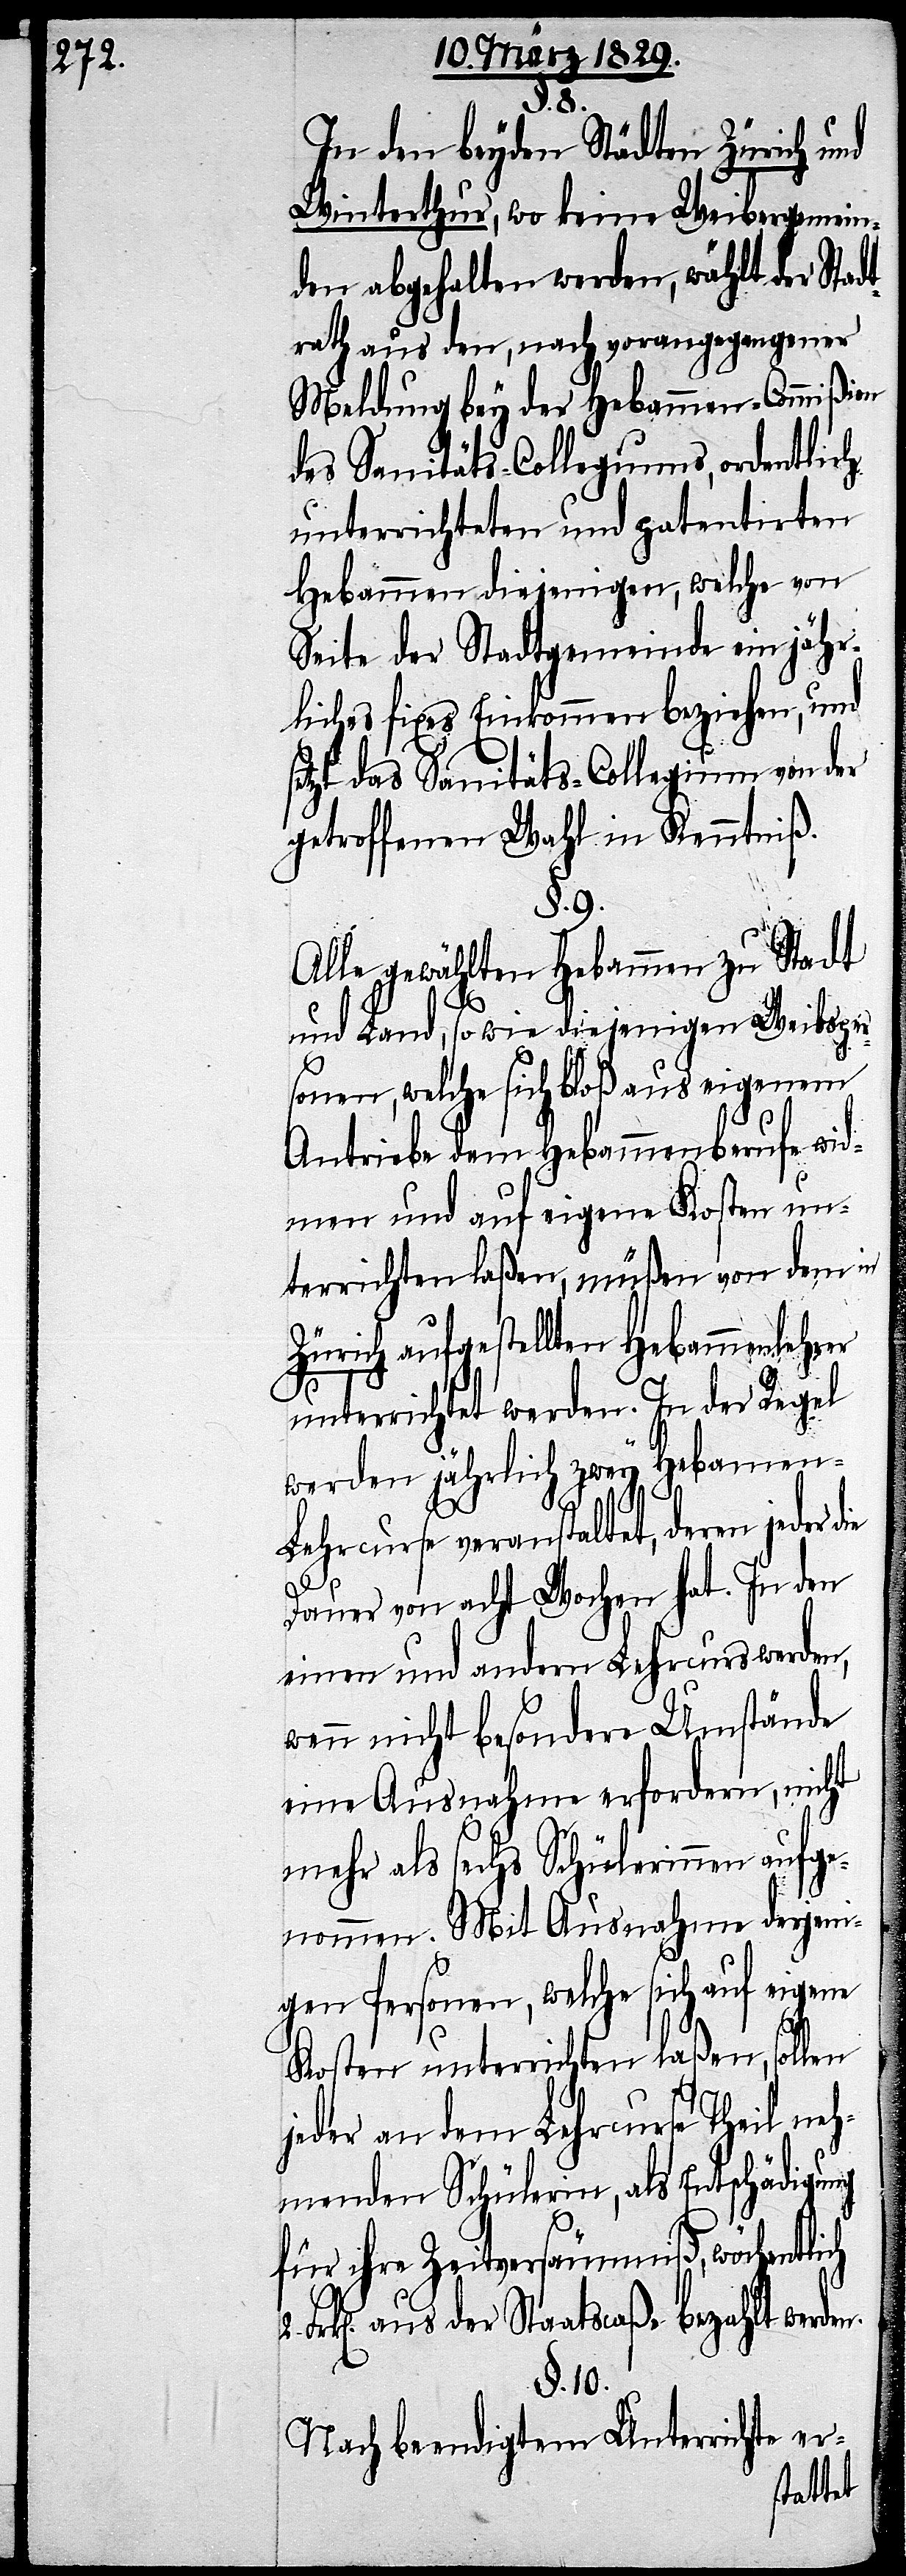
In den beyden Städten Zürich und
Winterthur, wo keine Weibergemein¬
den abgehalten werden, wählt der Stad¬
trath aus den, nach vorangegangener
Meldung bey der Hebammen-Commißion
des Sanitäts-Collegiums, ordentlich
unterrichteten und patentirten
Hebammen diejenigen, welche von
Seite der Stadtgemeinde ein jähr¬
liches fixes Einkommen beziehen, und
etzt das Sanitäts-Collegium von der
getroffenen Wahl in Kenntniß.
§. 9.
Alle gewählten Hebammen zu Stadt
und Land, so wie diejenigen Weibsper¬
2.
sonen, welche sich bloß aus eigenem
Antriebe dem Hebammenberufe wid¬
men und auf eigene Kosten un¬
terrichten laßen, müßen von dem in
Zürich aufgestellten Hebammenlehrer
unterrichtet werden. In der Regel
werden jährlich zwey Hebammen-L¬
s¬
ehrcurse veranstaltet, deren jeder die
Dauer von acht Wochen hat. In den
einen und andern Lehrcursen werden,
wenn nicht besondere Umstände
eine Ausnahme erfordern, nicht
mehr als sechs Schülerinnen aufge¬
nommen. Mit Ausnahme derjeni¬
gen Personen, welche sich auf eigene
Kosten unterrichten laßen, sollen
jeder an dem Lehrcurse Theil neh¬
menden Schülerin, als Entschädigung
für ihre Zeitversäumniß, wöchentlich
Frk[en]. aus der Staatscaße bezahlt werden.
§. 10.
Nach beendigtem Unterrichte er-